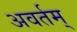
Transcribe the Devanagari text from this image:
अवर्तम्